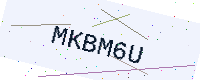
Text: MKBM6U